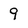
Character: 9